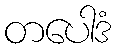
တပေါဒံ